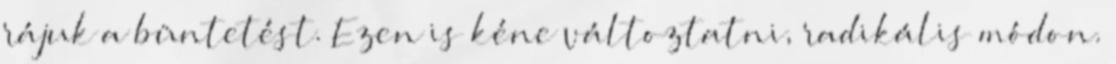
rájuk a büntetést. Ezen is kéne változtatni, radikális módon.